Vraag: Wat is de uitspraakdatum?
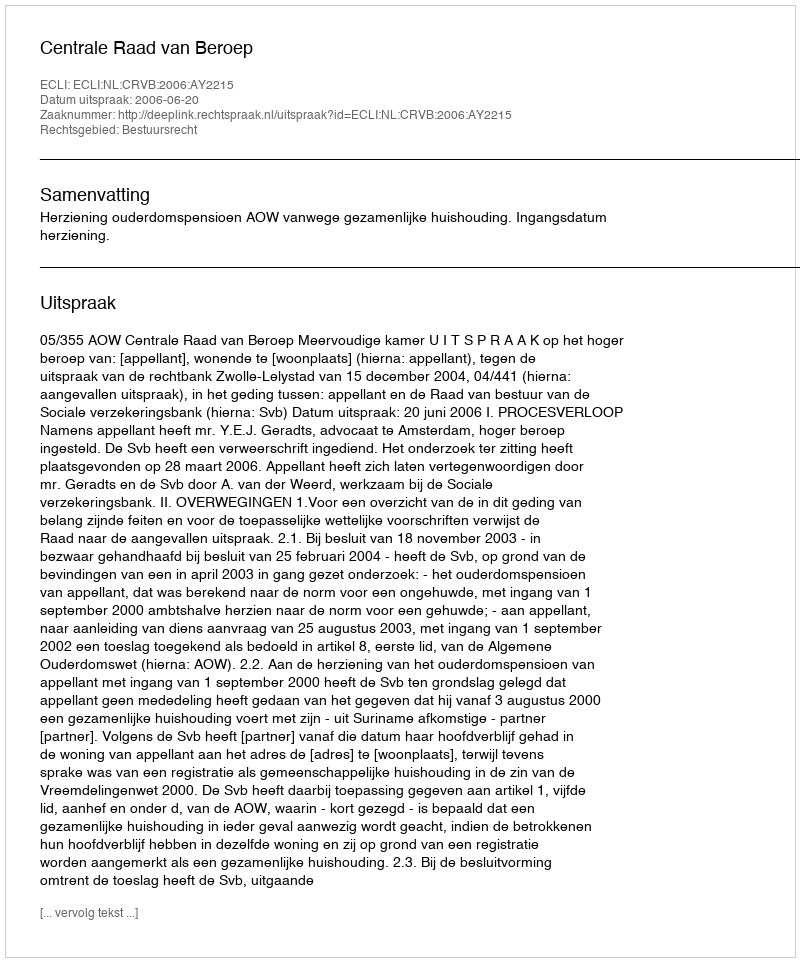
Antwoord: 2006-06-20